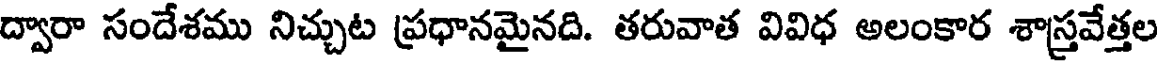
ద్వారా సందేశము నిచ్చుట ప్రధానమైనది. తరువాత వివిధ అలంకార శాస్త్రవేత్తల